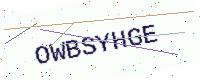
Text: OWBSYHGE